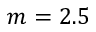
m = 2 . 5